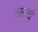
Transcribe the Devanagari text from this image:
सामरई